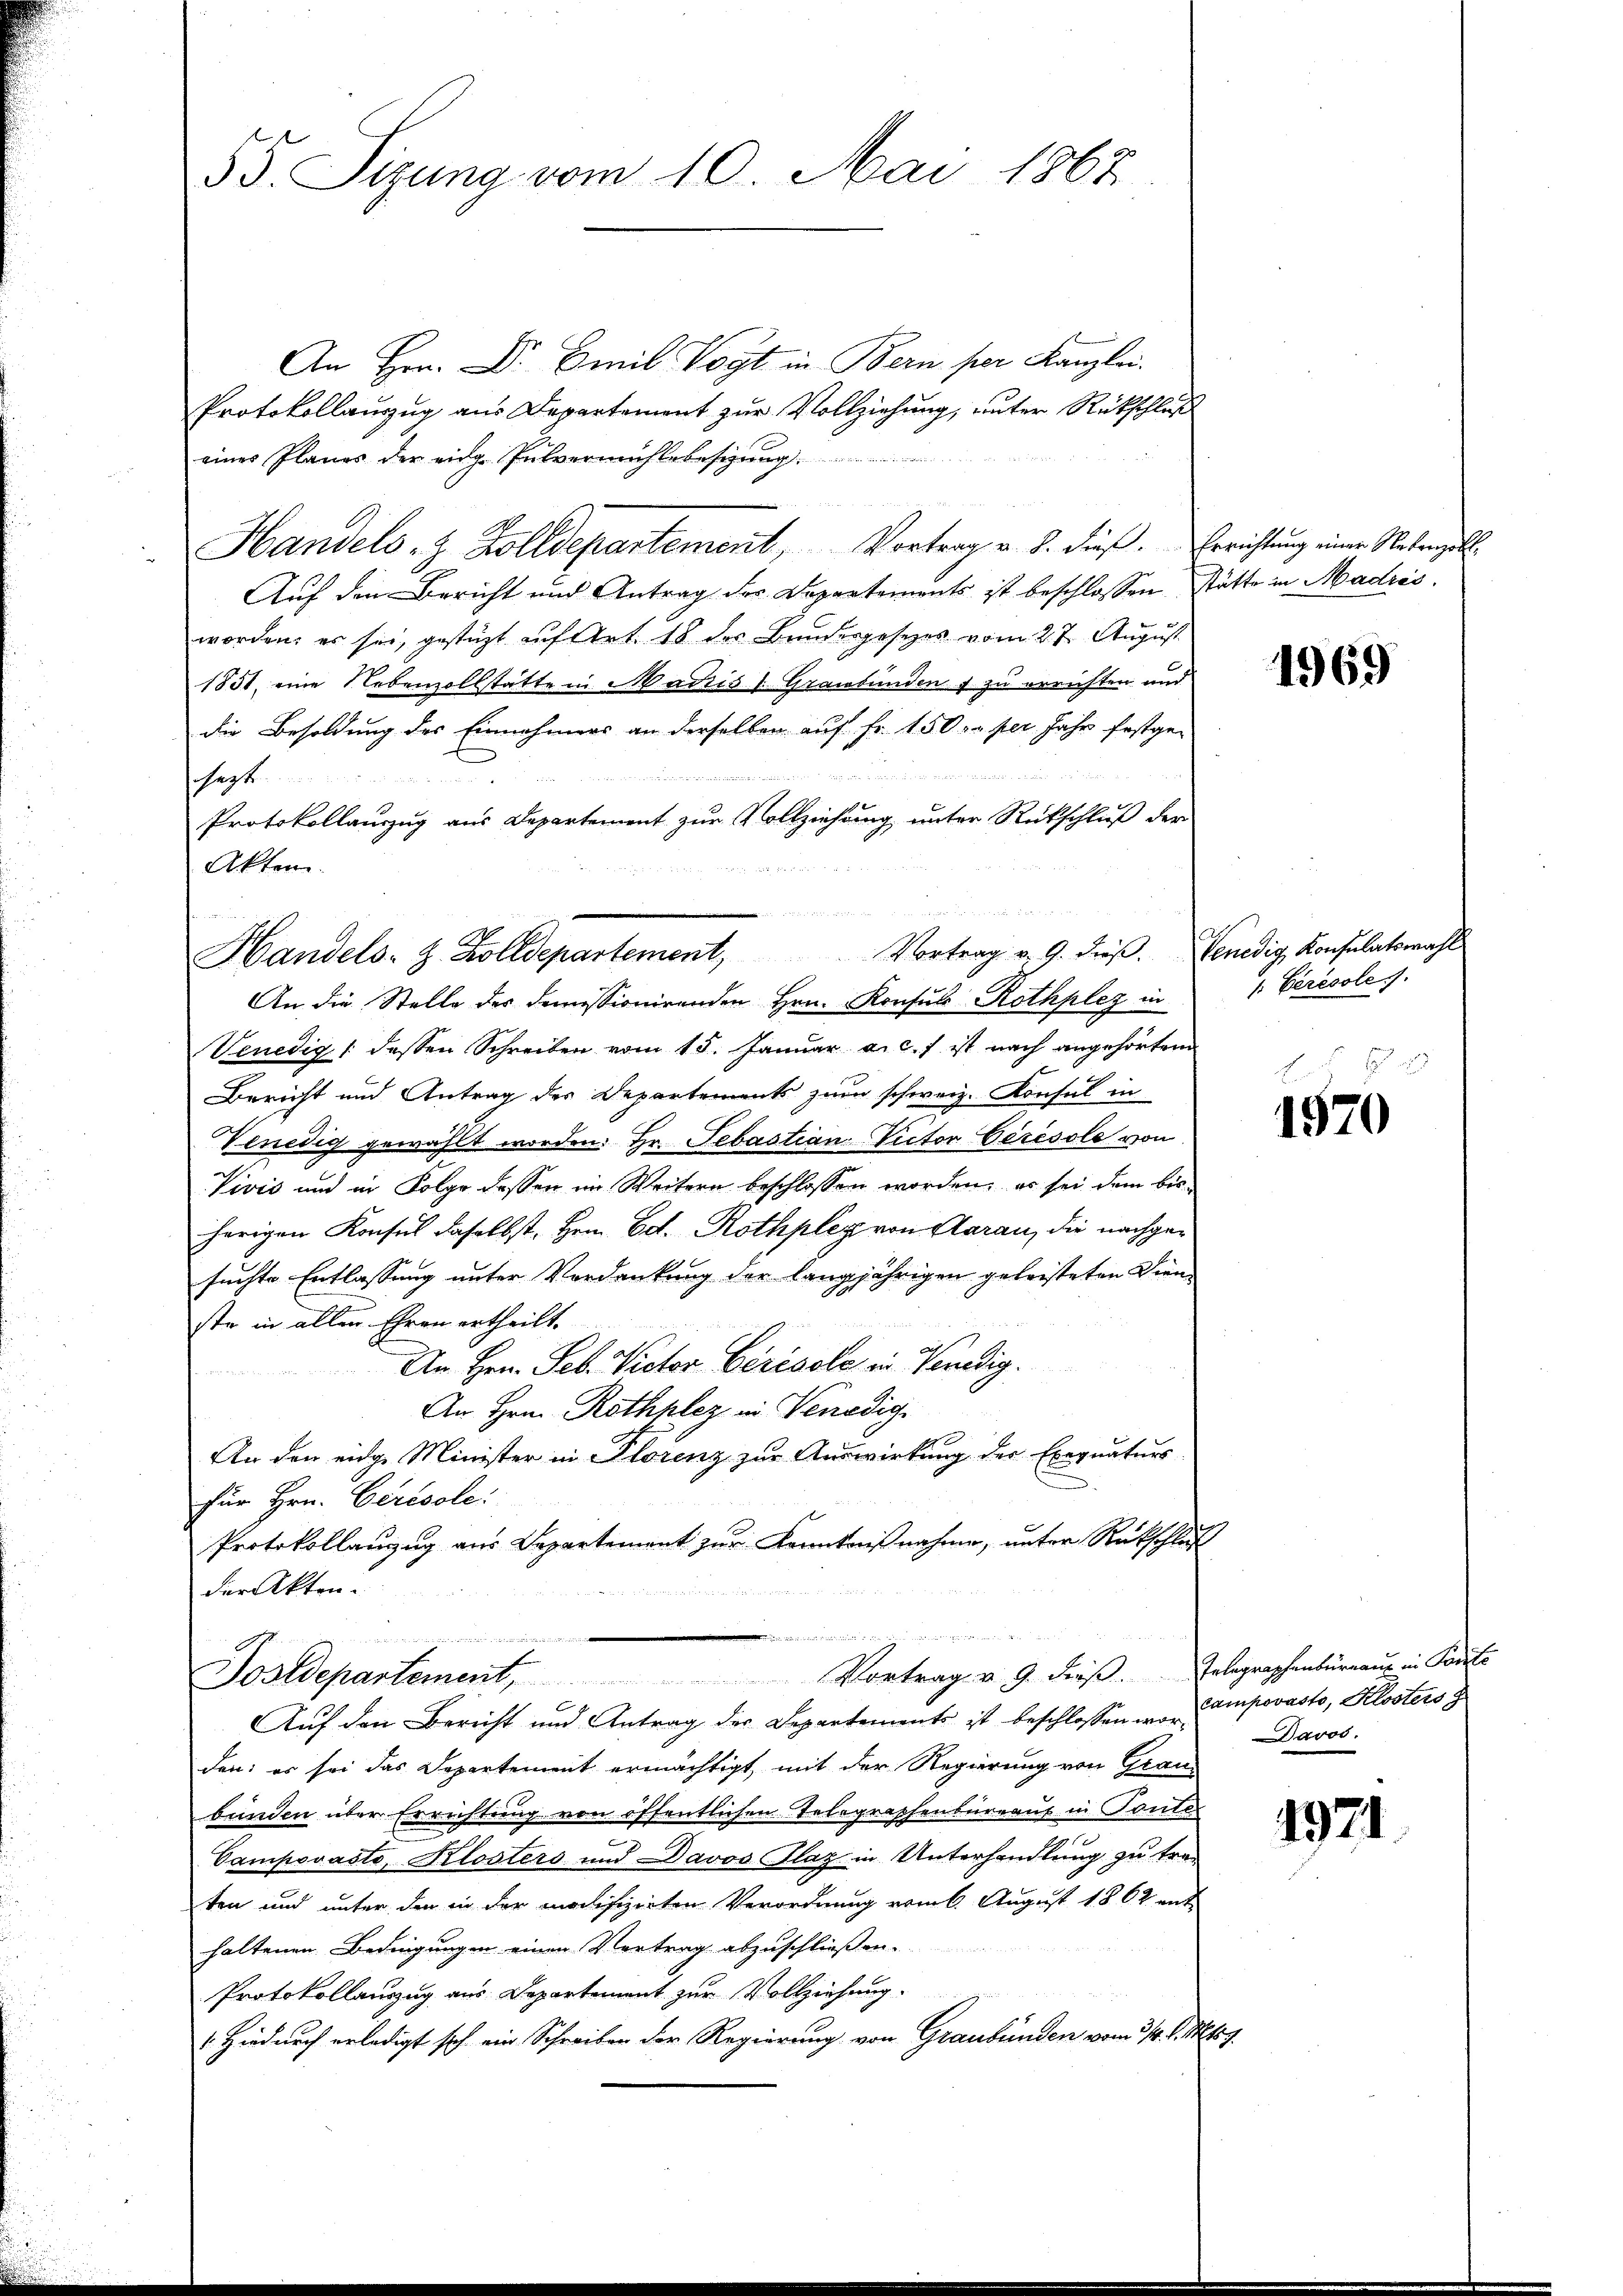
55. Sizung vom 10. Mai 1867

Akten.

Handels- & Zolldepartement, Vortrag v. 9. dieβ. Venedig, Konsulatswahl

An Hrn. Dr. Emil Vogt in Bern per Kanzlei.
Protokollauszug aus Departement zur Vollziehung, unter Rückschluß
eines Planes der eidg. Pulvermühlebesizung ..............
Handels- & Zolldepartement, Vortrag v. J. dieß. Errichtung einer Nebenzoll-
Auf den Bericht und Antrag der Departements ist beschlossen stätte in Madris.
worden, es sei, gestützt auf Art. 18 der Bundesgesezes vom 27. August
1851 eine Nebenzollstätte in Madris 1 Graubünden s zu errichten und
die Besoldung des Einnahmers an derselben auf Fr. 150 r. per Jahr festge-
ee
sagt
Protokollauszug aus Departement zur Vollziehung unter Rückschluß der
An die Stelle des demissionirenden Hrn. Konsuls Rothplez in
Venedig 1 dessen Schreiben vom 15. Januar a.c. ist nach angehörten
Bericht und Antrag des Departements zum schweiz. Konsul in
Venedig gewählt worden. Hr. Sebastian Victor Ceresole von
Vivis und in Folge dessen im Weitern beschlossen worden, es sei dem bis
herigen Konsul daselbst, Hern Ed. Rothpleg von Aarau, die nachgesuchte Entlassung unter Verdankung der langjährigen geleisteten Dienste in allen Ehren ertheilt.
An Hrn. Feb. Pector Cérisole in Verdig.

An Hrn. Rothplez in Venedig
An den eidge Minister in Florenz zur Auswirkung der Exegnaturs
für Hrn. Cirésole:
Protokollanzŭg aŭs Departement zŭr Kenntnißnahme, unter Rückschluß
der Akten.
e
22. Mit St
Postdepartement, Vortrag v. 9. dieβ. Telegraphenbüreaus in Parte
Aŭf den Bericht und Antrag der Departements ist beschlossen wo compovasto, Klosters g
den: es sei das Departement ermächtigt, mit der Regierung von Grau-
bunden über Errichtung von öffentlichen Telegraphenbureaus in Toute
n
Campovasto, Klosters und Davos Plaz in Unterhandlung zu tra-
ten und unter den in der modifizierten Verordnung vom 6. August 1862 enthaltenen Bedingungen einen Vertrag abzuschließen.
Protokollauszug aus Departement zur Vollziehung.
Hiedurch erledigt sich ein Schreiben der Regierung von Graubünden vom 3/4. d. Ms.

1969

/. Ceresole 7.

1570

Davos.

.

1921.